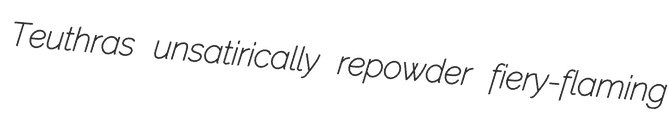
Teuthras unsatirically repowder fiery-flaming